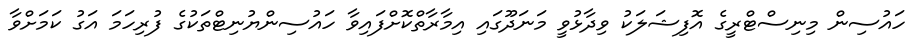
ހައުސިން މިނިސްޓްރީގެ އޮފިޝަލަކު ވިދާޅުވީ މަނަދޫގައި އިމާރާތްކޮށްފައިވާ ހައުސިންޔުނިޓްތަކުގެ ފުރިހަމަ އަގު ކަމަށްވާ